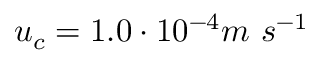
u _ { c } = 1 . 0 \cdot 1 0 ^ { - 4 } m \ s ^ { - 1 }